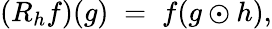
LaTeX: \left(R_{h}f\right)(g)\; =\; f(g\odot h),